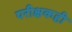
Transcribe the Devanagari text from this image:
परीक्षकही